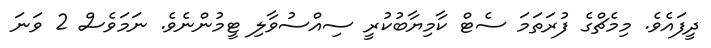
ދީފައެެވެ. މިމެޗްގެ ފުރަތަމަ ސެޓް ކާމިޔާބުކުރީ ސިއްސުވާލި ޓީމުންނެވެ. ނަމަވެސް 2 ވަނަ